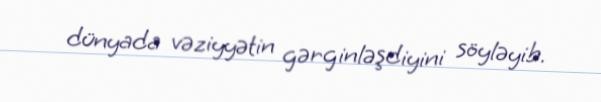
dünyada vəziyyətin gərginləşdiyini söyləyib.